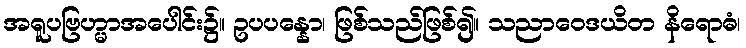
အရူပဗြဟ္မာအပေါင်း၌။ ဥပပန္နော၊ ဖြစ်သည်ဖြစ်၍။ သညာဝေဒယိတ နိရောဓံ၊